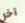
آخر